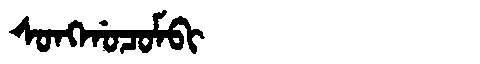
Manchu: ᠰᠣᠩᡤᠣᠴᠣᠮᠪᡳ
Romanization: SONGGOCOMBI